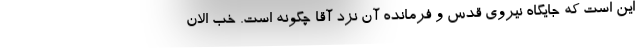
این است که جایگاه نیروی قدس و فرمانده آن نزد آقا چگونه است. خب الان